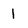
Character: 1